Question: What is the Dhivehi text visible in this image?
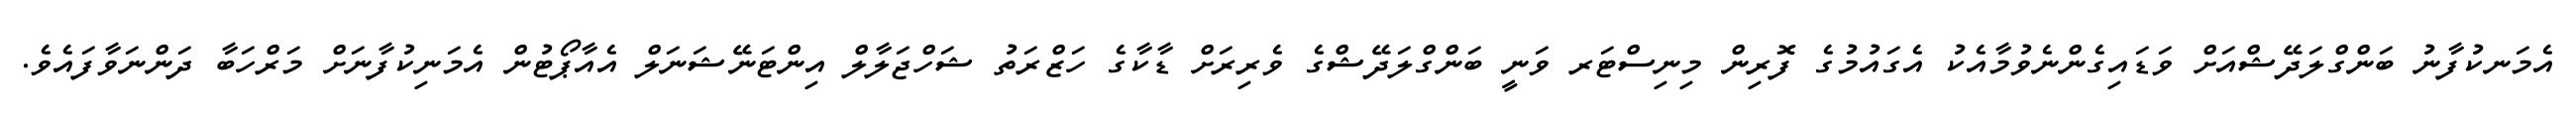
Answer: އެމަނކުފާނު ބަންގްލަދޭޝްއަށް ވަޑައިގެންނެވުމާއެކު އެގައުމުގެ ފޮރިން މިނިސްޓަރ ވަނީ ބަންގްލަދޭޝްގެ ވެރިރަށް ޑާކާގެ ހަޒްރަތު ޝަހްޖަލާލް އިންޓަނޭޝަނަލް އެއާޕޯޓުން އެމަނިކުފާނަށް މަރްހަބާ ދަންނަވާފައެވެ.